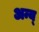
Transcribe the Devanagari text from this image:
अन्य्